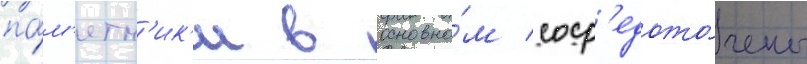
па́м'ятн'ик'и в основно́м соср'едото́чены